Leaving Certificate Examination, 1909
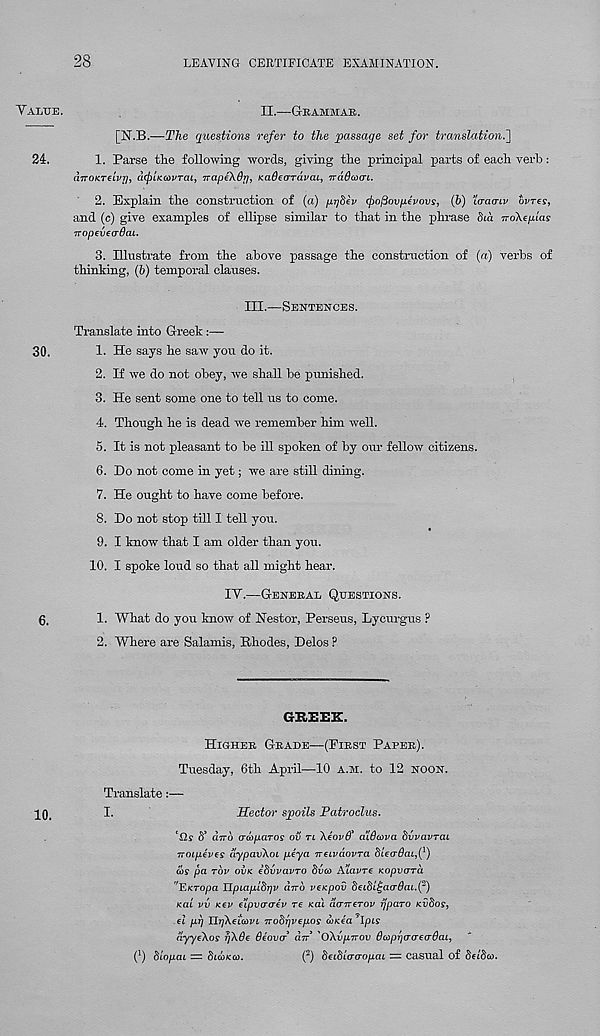
28
LEAVING CERTIFICATE EXAMINATION.
YALUE.
II.—GRAMMAE,.
[N.B.—27ie questions refer to the passage set for translation.']
24.
1. Parse tire following words, giving the principal parts of each vexh:
aTTOKTtLvrj, dcfiLKCovTai, TrapeXdi], KaOeardvaL, Tvadwac.
2. Explain the construction of (a) pribiv fyofiovpevovs, (6) io-ao-i.v bvres,
and (c) give examples of ellipse similar to that in the phrase Sia TroXe/har
TTopevetrOai.
3. Illustrate from the above passage the constraction of («.) verbs of
thinking, (&) temporal clauses.
30.
6.
III.—SENTENCES.
Translate into Greek:—
1. He says he saw you do it.
2. If we do not obey, we shall be punished.
3. He sent some one to tell us to come.
4. Though he is dead we remember him well.
5. It is not pleasant to be ill spoken of by our fellow citizens.
6. Do not come in yet; we are still dining.
7. He ought to have come before.
8. Do not stop till I tell you.
9. I know that I am older than you.
10.
I spoke loud so that all might hear.
IY.—GENERAL QUESTIONS.
1. What do you know of Nestor, Perseus, Lycurgus ?
2. Where are Salamis, Rhodes, Delos F
GREEK.
HIGHER GRADE—(FIRST PAPER).
Tuesday, 6th April—10 A.M. to 12 NOON.
Translate:—
pO,
I.
Hector spoils Patroclus.
T>? 6’ (ITTO crwfxaTOs ov re \eov6’ aiOcova bvvavTCLL
TTOipives dypav\oL peya irtivdovTa bttaQai.Q)
as pa TOP OVK ibvvavTO dva A’lavre Kopyara
"Ejcropa Tlpi.ap.ibgv diro vespov &ei8i£a<rdai.( 2 )
Ka'i vv K€v dipvaaev re Kat aairerov rjparo svdos,
el pg Tlfketavi irobgvepos a<ea ’Ipis
dyye\os rjXde deover dir 3 'OXvpnov Scopgaaecrdap
f 1 ) blopai — SICOKCD.
( 2 ) heihia'O'opaL = casual of betbu.